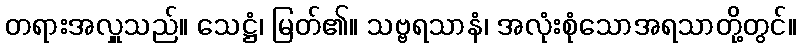
တရားအလှူသည်။ သေဋ္ဌံ၊ မြတ်၏။ သဗ္ဗရသာနံ၊ အလုံးစုံသောအရသာတို့တွင်။